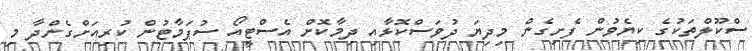
ސްކޫލްތަކުގެ ކިޔެވުން ފެށިގެން މިދިޔަ ދުވަސްކޮޅާއި ދިމާކޮށް އެސްޓީއޯ ސުޕަމާޓުން ކުރިއަށްގެންދާ މި